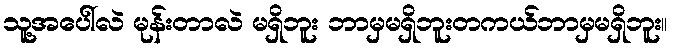
သူ့အပေါ်လဲ မုန်းတာလဲ မရှိဘူး ဘာမှမရှိဘူးတကယ်ဘာမှမရှိဘူး။